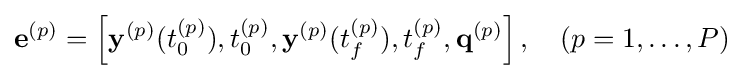
\mathbf {e} ^{(p)}=\left[\mathbf {y} ^{(p)}(t_{0}^{(p)}),t_{0}^{(p)},\mathbf {y} ^{(p)}(t_{f}^{(p)}),t_{f}^{(p)},\mathbf {q} ^{(p)}\right],\quad (p=1,\ldots ,P)